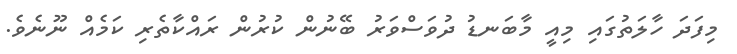
މިފަދަ ހާލަތުގައި މިއީ މާބަނޑު ދުވަސްވަރު ބޭނުން ކުރުން ރައްކާތެރި ކަމެއް ނޫނެވެ.